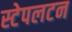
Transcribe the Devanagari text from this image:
स्टेपलटन